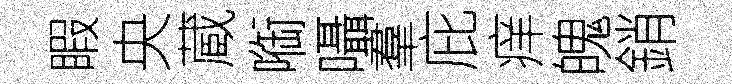
睱央蔵㗸囁羣庇痒魄銷